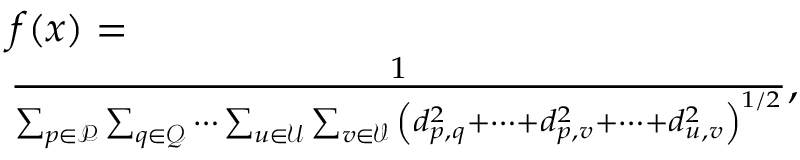
\begin{array} { r l } & { f ( x ) = } \\ & { \frac { 1 } { \sum _ { p \in \mathcal { P } } { \sum _ { q \in \mathcal { Q } } { \cdots } } \sum _ { u \in \mathcal { U } } { \sum _ { v \in \mathcal { V } } { \left( { { d } _ { p , q } ^ { 2 } } + \cdots + { { d } _ { p , v } ^ { 2 } } + \cdots + { { d } _ { u , v } ^ { 2 } } \right) ^ { 1 / 2 } } } } , } \end{array}